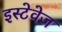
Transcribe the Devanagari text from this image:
इस्टेवेज